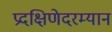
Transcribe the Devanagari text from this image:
प्रदक्षिणेदरम्यान